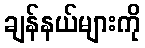
ချန်နယ်များကို